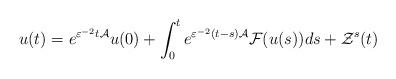
LaTeX: \begin{align*}u(t)=e^{\varepsilon ^{-2}t\mathcal{A}}u(0)+\int_{0}^{t}e^{\varepsilon^{-2}(t-s)\mathcal{A}}\mathcal{F}(u(s))ds+\mathcal{Z}^{s}(t)\end{align*}